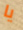
يا